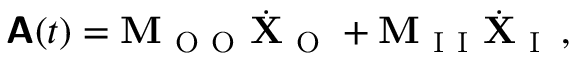
\boldsymbol { \mathsf { A } } ( t ) = \mathbf { M } _ { \mathrm { ~ O ~ O ~ } } \dot { \mathbf { X } } _ { \mathrm { ~ O ~ } } + \mathbf { M } _ { \mathrm { ~ I ~ I ~ } } \dot { \mathbf { X } } _ { \mathrm { ~ I ~ } } \, ,